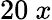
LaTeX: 20~x